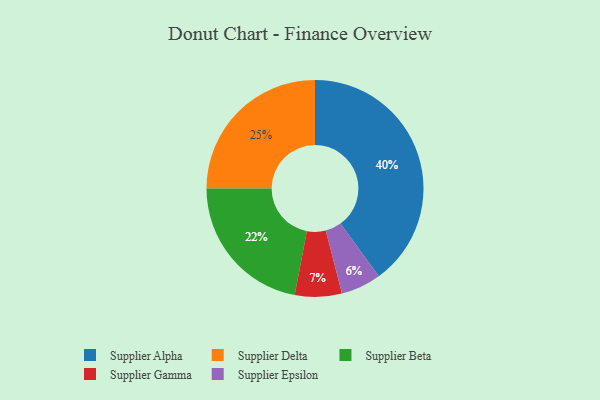
{"axis": {"x": "Category", "y": "Percentage"}, "legend": ["Supplier Alpha", "Supplier Beta", "Supplier Delta", "Supplier Epsilon", "Supplier Gamma"], "data": [{"x": "Supplier Beta", "y": 22, "type": "Supplier Beta"}, {"x": "Supplier Epsilon", "y": 6, "type": "Supplier Epsilon"}, {"x": "Supplier Alpha", "y": 40, "type": "Supplier Alpha"}, {"x": "Supplier Delta", "y": 25, "type": "Supplier Delta"}, {"x": "Supplier Gamma", "y": 7, "type": "Supplier Gamma"}]}